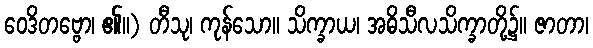
ဝေဒိတဗ္ဗော၊ ၏။) တီသု၊ ကုန်သော။ သိက္ခာယ၊ အဓိသီလသိက္ခာတို့၌။ ဇာတာ၊